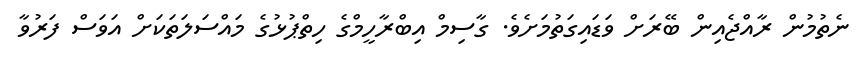
ނެތުމުން ރާއްޖެއިން ބޭރަށް ވަޑައިގަތުމަށެވެ. ގާސިމް އިބްރާހީމްގެ ހިތްޕުޅުގެ މައްސަލަތަކަށް އަވަސް ފަރުވާ